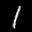
Label: 1